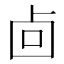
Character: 㔽